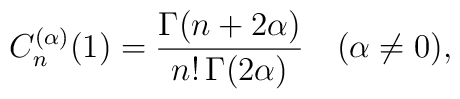
C_n^{(\alpha)}(1)={\Gamma(n+2\alpha)\over n!\,\Gamma(2\alpha)}\quad (\alpha\neq 0),